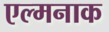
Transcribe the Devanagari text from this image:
एल्मनाक